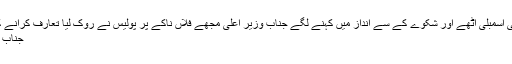
اب راولپنڈی سے ایک ممبر صوبائی اسمبلی اٹھے اور شکوے کے سے انداز میں کہنے لگے جناب وزیر اعلی مجھے فلاں ناکے پر پولیس نے روک لیا تعارف کرانے کے باوجود بد سلوکی سے پیش آئے
جناب میرے ساتھ سخت زیادتی ہوئی ہے۔